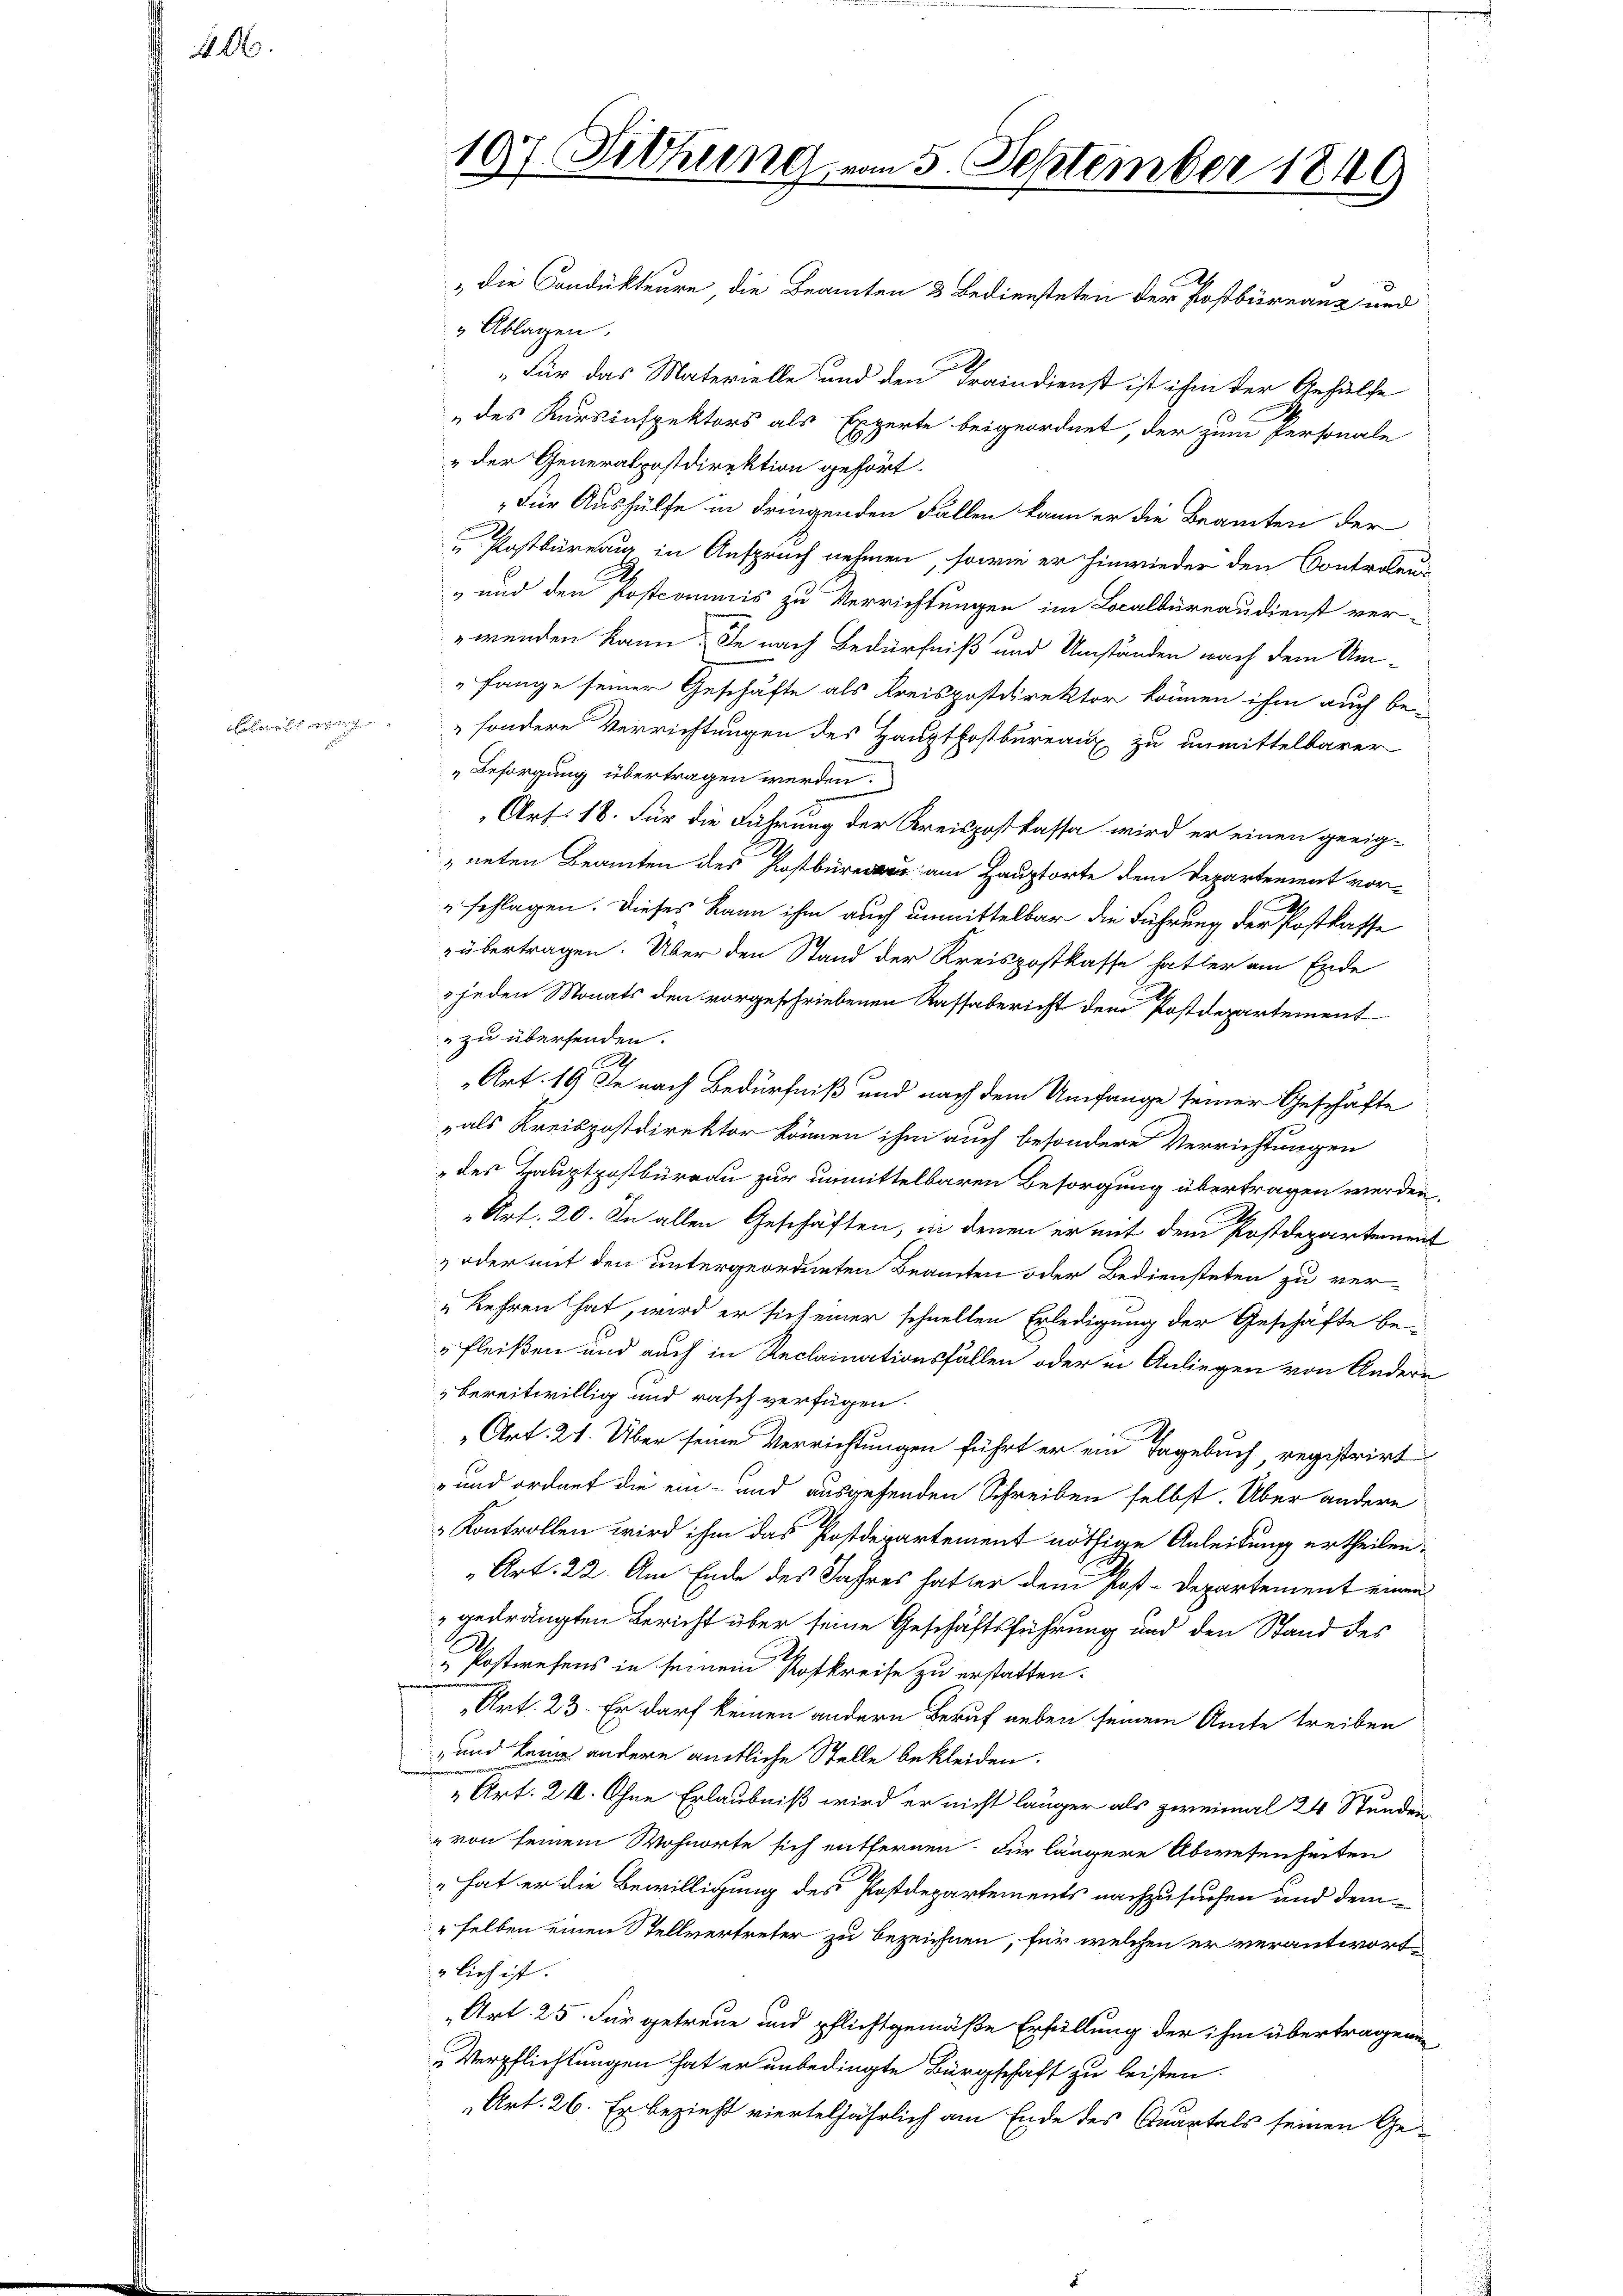
A.

" die Condukteure die Beamten 3 Bediensteten der Postbürnanz und
" Ablagen.
„Für das Materielle und den Traindienst ist ihm der Gehülfe
„des Kursinspektors als Experte beigeordnet, der zum Personale
„der Generalpostdirektion gehört.
„Für Aushülfe in dringenden Fällen kann er die Beamten der
 Postbüreau in Anspruch nehmen, sowie er hinwieder den Controleur
" und den Postcomanis zu Verrichtungen im Localbüreaudienst ver-
wenden kann. Je nach Bedürfniß und Umständen nach dem Umfange seiner Geschäfte als Kreispostdirektor können ihm auch besondere Verrichtungen des Hauptfostbureaux zu unmittelbarer
„ Besorgung übertragen werden.
Art: 18. Für die Führung der Kreispostkassa wird er einen geeigneten Beamten des Postbüreau am Hauptorte dem Departement vor-
"schlagen. Dieses kann ihm auch unmittelbar die Führung der Postkasse
übertragen. Über den Stand der Kreispostkasse hatter am Ende
jeden Monats den vorgeschriebenen Kassabericht dem Postdepartement
" zu übersenden.
S
Art. 19 Je nach Bedürfniß und nach dem Umfange seiner Geschäfte
„als Kreispostdirektor können ihm auch besondere Verrichtungen
des Hauptpostbüreau zur unmittelbaren Besorgung übertragen werden,
Art. 20. In allen Geschäften, in denen er mit dem Postdepartement
 oder mit den untergeordneten Beamten oder Bediensteten zu ver-
„Kehren hat, wird er sich einer schnellen Erledigung der Geschäfte be-
"Fleißen und auch in Reclamationsfällen oder in Anliegen von Andern
bereitwillig und rasch verfügen.
Art. 21. Über seine Verrichtungen führt er ein Tagebuch registrirt
und ordnet die ein- und ausgehenden Schreiben selbst. Über andere
 Kontrollen wird ihm das Postdepartement nöthige Anleitung ertheilen.
Art. 22. Am Ende des Jahres hatter dem Post-Departement einen
gedrängten Bericht über seine Geschäftsführung und den Stand des
.
 Postwesens in seinem Rotkreise zu erstatten.
Art. 23. Er darf keinen andern Beruf neben seinem Amte treiben
und keine andere amtliche Stelle bekleiden.
Art. 21. Ohne Erlaubniß wird er nicht länger als zweimal 24 Stunden
von seinem Wohnorte sich entfernen. Für längere Abwesenheiten
„hat er die Bewilligung des Postdepartements nachzusuchen und dem
selben einen Stellvertreter zu bezeichnen, für welchen er verantwortzlich ist.
„Art. 25. Für getreue und pflichtgemäße Erfüllung der ihm übertragenen
Verpflichtungen hat er unbedingte Bürgschaft zu leisten.
Art. 26. Er bezieht vierteljährlich am Ende des Quartals seinen Ge¬

107. Sitzung vom 5. September 1849